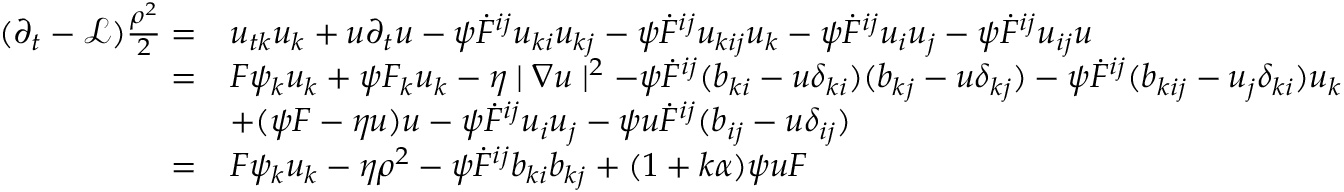
\begin{array} { r l } { ( \partial _ { t } - \mathcal { L } ) \frac { \rho ^ { 2 } } { 2 } = } & { u _ { t k } u _ { k } + u \partial _ { t } u - \psi \dot { F } ^ { i j } u _ { k i } u _ { k j } - \psi \dot { F } ^ { i j } u _ { k i j } u _ { k } - \psi \dot { F } ^ { i j } u _ { i } u _ { j } - \psi \dot { F } ^ { i j } u _ { i j } u } \\ { = } & { F \psi _ { k } u _ { k } + \psi F _ { k } u _ { k } - \eta \mid \nabla u \mid ^ { 2 } - \psi \dot { F } ^ { i j } ( b _ { k i } - u \delta _ { k i } ) ( b _ { k j } - u \delta _ { k j } ) - \psi \dot { F } ^ { i j } ( b _ { k i j } - u _ { j } \delta _ { k i } ) u _ { k } } \\ & { + ( \psi F - \eta u ) u - \psi \dot { F } ^ { i j } u _ { i } u _ { j } - \psi u \dot { F } ^ { i j } ( b _ { i j } - u \delta _ { i j } ) } \\ { = } & { F \psi _ { k } u _ { k } - \eta \rho ^ { 2 } - \psi \dot { F } ^ { i j } b _ { k i } b _ { k j } + ( 1 + k \alpha ) \psi u F } \end{array}